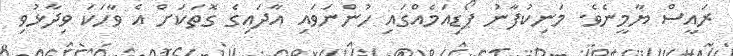
ރައީސް ޔާމީނެވެ. މަނިކުފާނު ޕޯޑިއަމެއްގައި ހުންނަވައި އާދައިގެ ގޮތަކަށް އެ ވާހަކަ ވިދާޅުވި